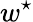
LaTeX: w^{\star}